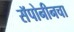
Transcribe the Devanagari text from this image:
सॅपोनीनचा